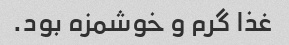
غذا گرم و خوشمزه بود.